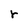
Character: r